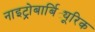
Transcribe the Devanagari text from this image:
नाइट्रोबार्बिट्यूरिक